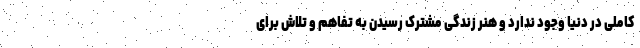
کاملی در دنیا وجود ندارد و هنر زندگی مشترک رسیدن به تفاهم و تلاش برای